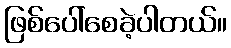
ဖြစ်ပေါ်စေခဲ့ပါတယ်။